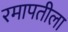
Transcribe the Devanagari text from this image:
रमापतीला